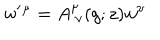
LaTeX: { \sf w } ^ { \prime } { } ^ { \mu } = A _ { ~ \nu } ^ { \mu } ( g ; z ) { \sf w } ^ { \nu }